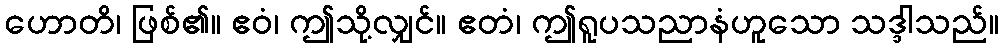
ဟောတိ၊ ဖြစ်၏။ ဧဝံ၊ ဤသို့လျှင်။ ဧတံ၊ ဤရူပသညာနံဟူသော သဒ္ဒါသည်။